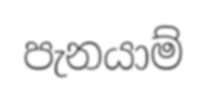
පැනයාම්